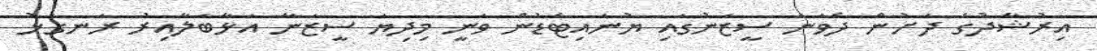
އިރުޝާދުގެ ދަށުން ދެވަނަ ސީޒަނުގައި ޔުނައިޓެޑުން ވަނީ މިދިޔަ ސީޒަނާ އަޅާބަލާއިރު ރަނގަޅު